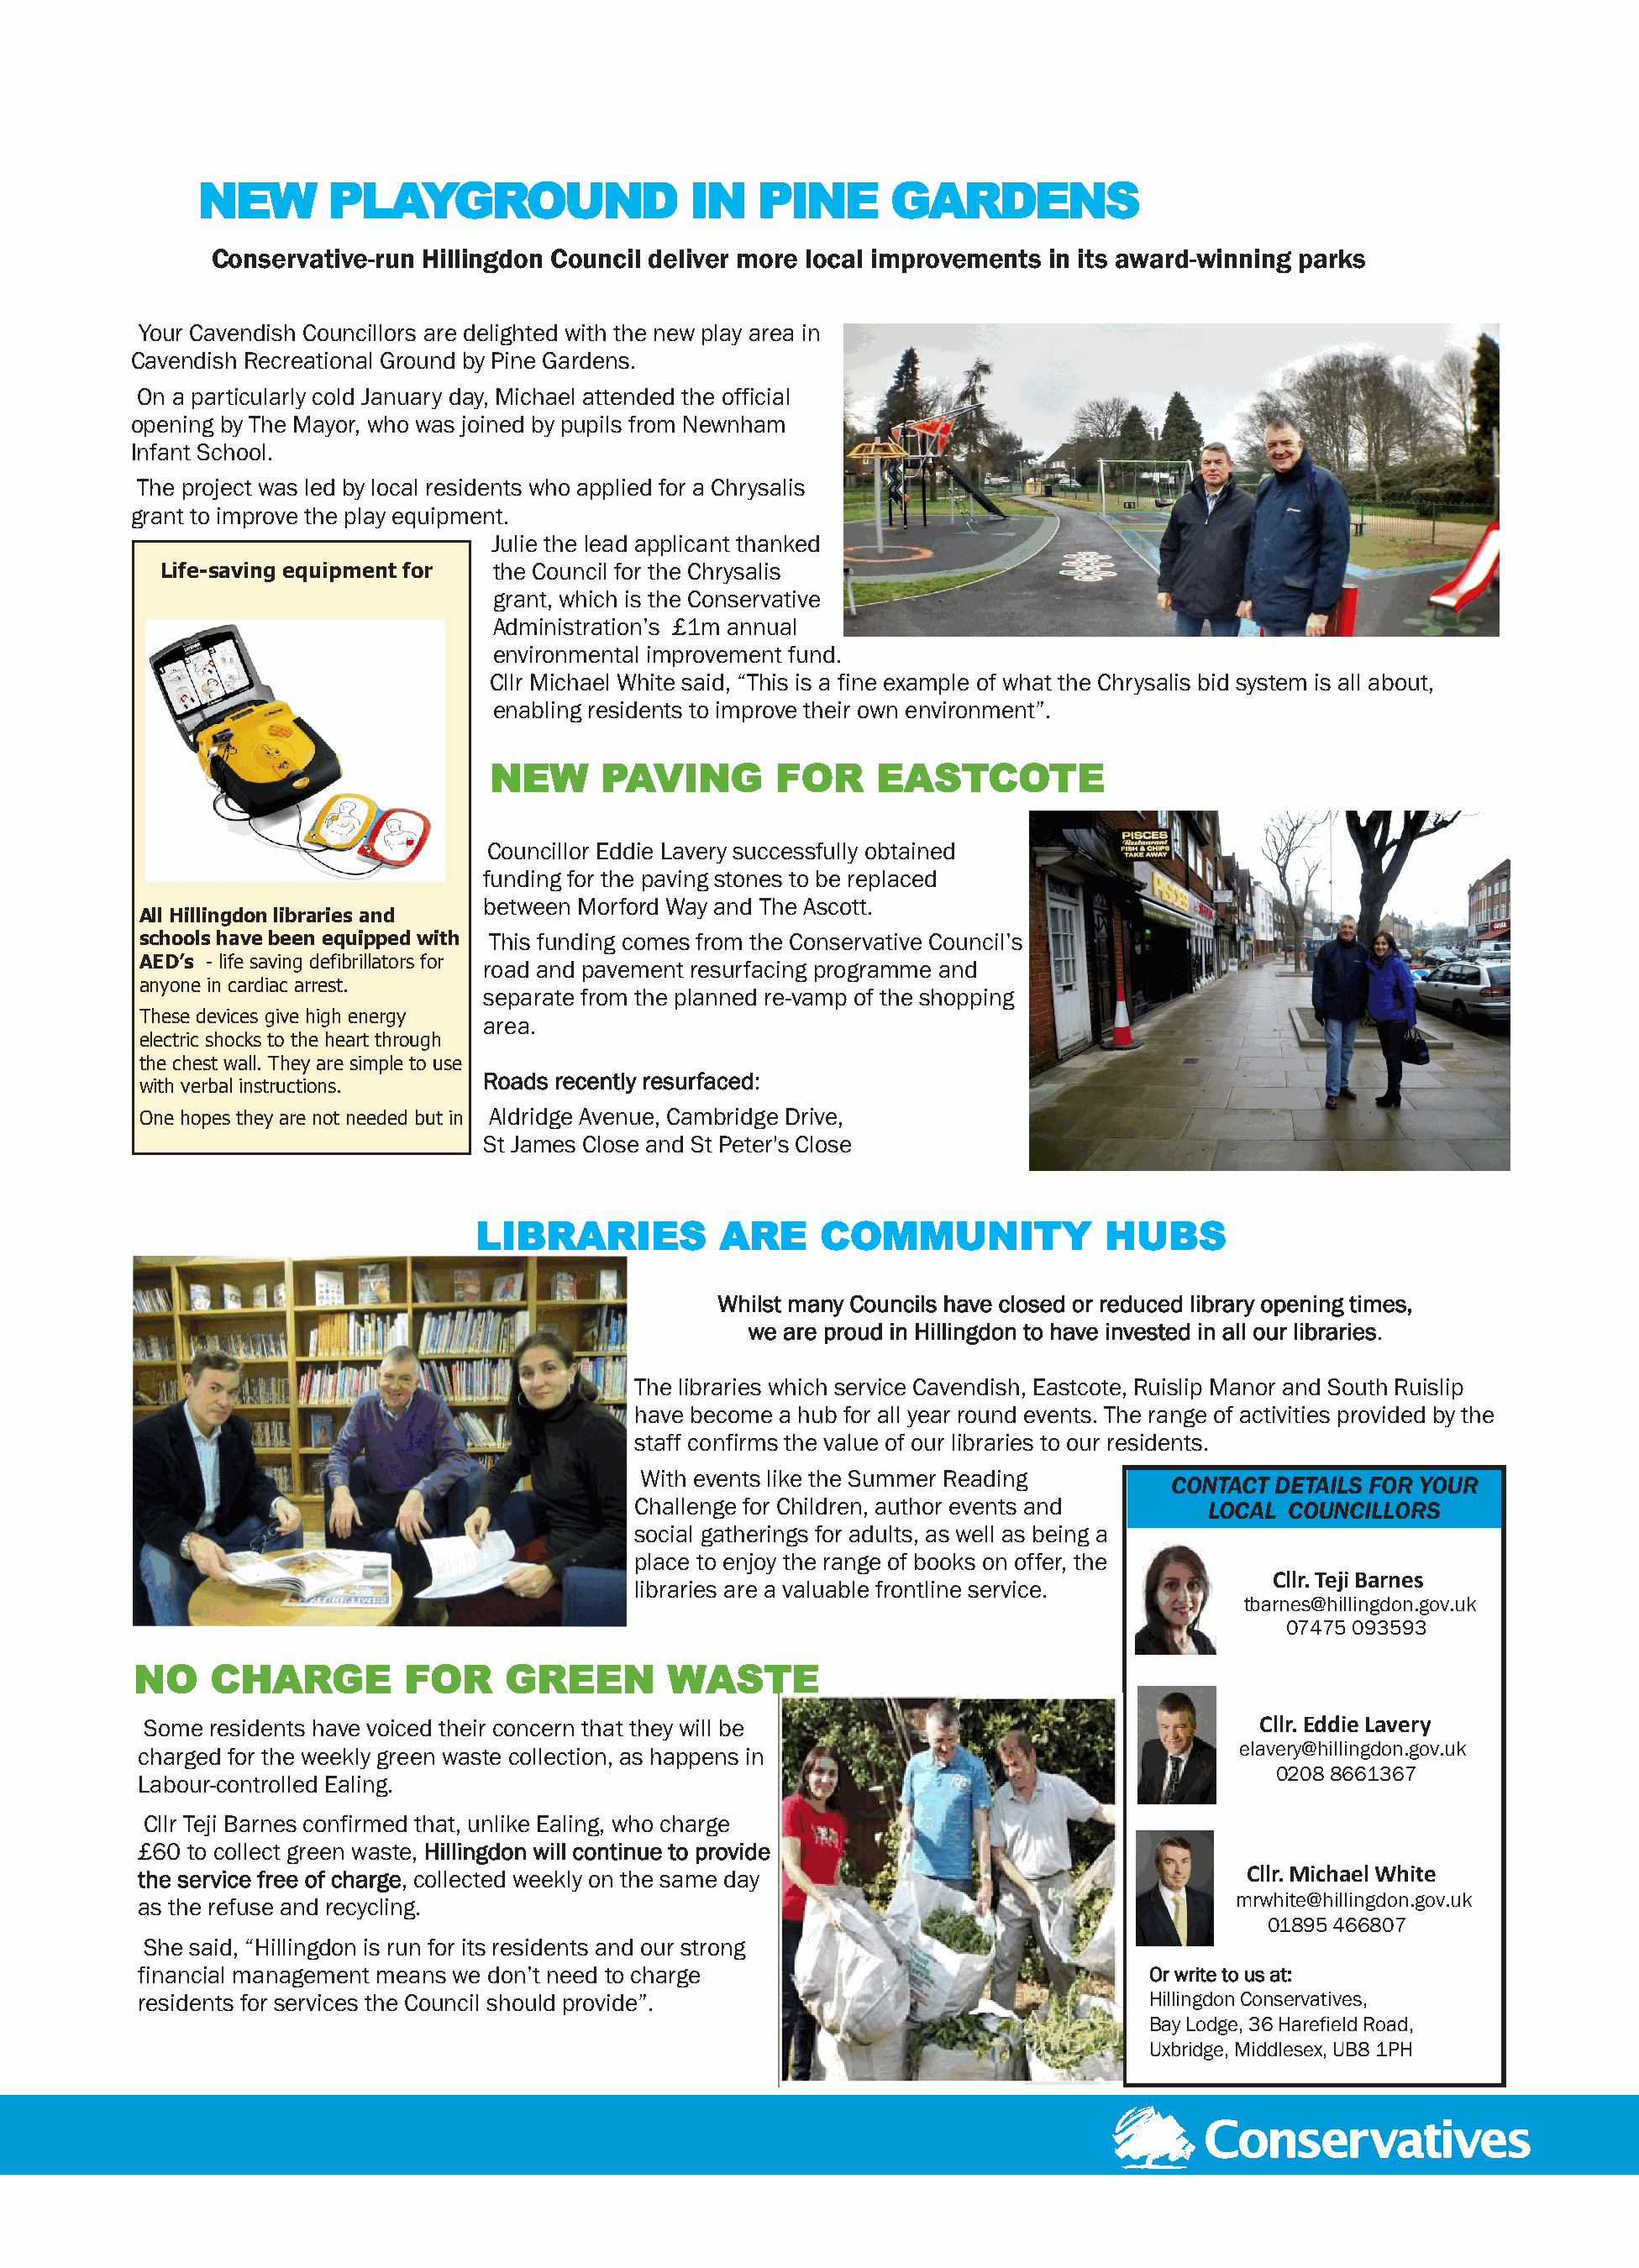
NEW       PLAYGROUND                  IN    PINE      GARDENS
 Conservative-run Hillingdon Council deliver more local improvements in its award-winning parks
 Your Cavendish Councillors are delighted with the new play area in
 Cavendish Recreational Ground by Pine Gardens.
 On a particularly cold January day, Michael attended the official
 opening by The Mayor, who was joined by pupils from Newnham
 Infant School.
 The project was led by local residents who applied for a Chrysalis
 grant to improve the play equipment.
 Julie the lead applicant thanked
 Life-saving equipment for the Council for the Chrysalis
 grant, which is the Conservative
 Administration’s £1m annual
 environmental improvement fund.
 Cllr Michael White said, “This is a fine example of what the Chrysalis bid system is all about,
 enabling residents to improve their own environment”.
 NEW     PAVING        FOR     EASTCOTE
 Councillor Eddie Lavery successfully obtained
 funding for the paving stones to be replaced
 between Morford Way and The Ascott.
 All Hillingdon libraries and
 schools have been equipped with This funding comes from the Conservative Council’s
 AED’s - life saving defibrillators for road and pavement resurfacing programme and
 anyone in cardiac arrest.
 separate from the planned re-vamp of the shopping
 These devices give high energy
 area.
 electric shocks to the heart through
 the chest wall. They are simple to use
 Roads recently resurfaced:
 with verbal instructions.
 One hopes they are not needed but in Aldridge Avenue, Cambridge Drive,
 St James Close and St Peter's Close
 LIBRARIES           ARE     COMMUNITY             HUBS
 Whilst many Councils have closed or reduced library opening times,
 we are proud in Hillingdon to have invested in all our libraries.
 The libraries which service Cavendish, Eastcote, Ruislip Manor and South Ruislip
 have become a hub for all year round events. The range of activities provided by the
 staff confirms the value of our libraries to our residents.
 With events like the Summer Reading
 CONTACT DETAILS FOR YOUR
 Challenge for Children, author events and    LOCAL COUNCILLORS
 social gatherings for adults, as well as being a
 place to enjoy the range of books on offer, the
 Cllr. Teji Barnes
 libraries are a valuable frontline service.
 tbarnes@hillingdon.gov.uk
 07475 093593
 NO    CHARGE         FOR     GREEN        WASTE
 Some  residents have voiced their concern that they will be                             Cllr. Eddie Lavery
 elavery@hillingdon.gov.uk
 charged for the weekly green waste collection, as happens in
 0208 8661367
 Labour-controlled Ealing.
 Cllr Teji Barnes confirmed that, unlike Ealing, who charge
 £60 to collect green waste, Hillingdon will continue to provide
 the service free of charge, collected weekly on the same day                           Cllr. Michael White
 as the refuse and recycling.
 mrwhite@hillingdon.gov.uk
 01895 466807
 She said, “Hillingdon is run for its residents and our strong
 financial management means we don’t need to charge                              Or write to us at:
 residents for services the Council should provide”.                             Hillingdon Conservatives,
 Bay Lodge, 36 Harefield Road,
 Uxbridge, Middlesex, UB8 1PH